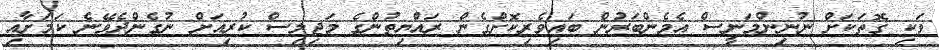
ވަކި ގޮތަކަށް ނުނިންމަނީސް އެމެންބަރުން ބައިވެރިކޮށްގެން ރައްޔިތުންގެ މަޖިލިސް ކުރިއަށް ނުގެންދެވޭނެ ކަމަށާއި